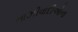
નાઝીવાદીઓના